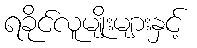
ရခိုင်လူမျိုးများနှင့်